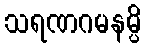
သရဏဂမနမ္ပိ